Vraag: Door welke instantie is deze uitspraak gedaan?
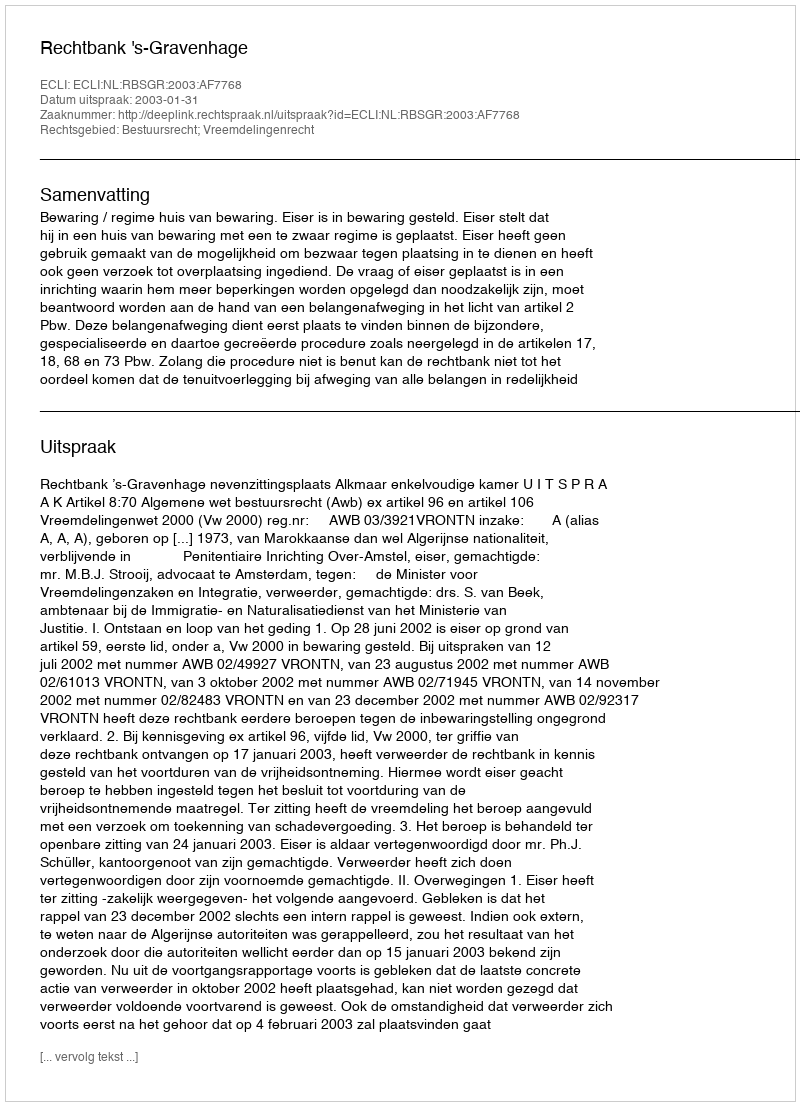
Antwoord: Rechtbank 's-Gravenhage